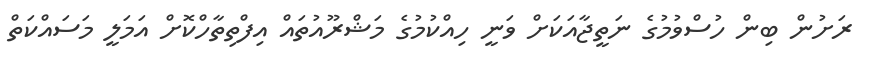
ރަށުން ބިން ހުސްވުމުގެ ނަތީޖާއަކަށް ވަނީ ހިއްކުމުގެ މަޝްރޫއުތައް އިފްތިތާހްކޮށް އަމަލީ މަސައްކަތް